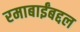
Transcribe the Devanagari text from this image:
रमाबाईंबद्दल